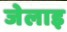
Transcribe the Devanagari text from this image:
जेलाइ